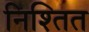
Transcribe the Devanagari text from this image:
निश्तित